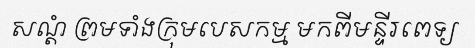
សណ្តំ ព្រមទាំងក្រុមបេសកម្ម មកពីមន្ទីរពេទ្យ